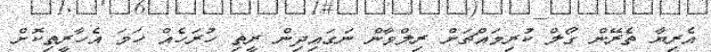
އެރިޔާ ތެރޭން ގޯލް ކުރިމައްޗަށް ރިލްވާން ނަގައިދިން ރީތި ހުރަހެއް ހަމަ އެހާރީތިކޮށް